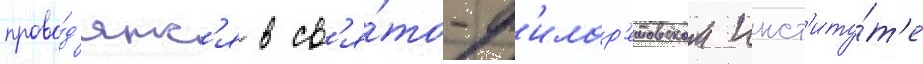
прово́д'ятс'я в св'я́то-ф'илар'етовском инст'иту́т'е